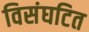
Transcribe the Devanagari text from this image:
विसंघटित